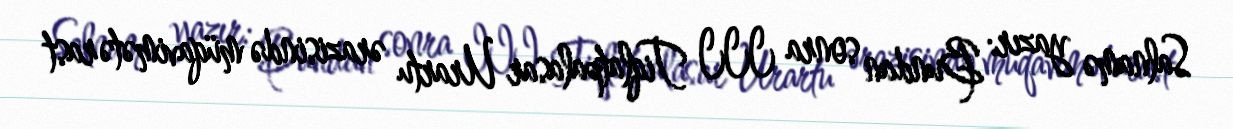
Salnamə yazır: Bundan sonra III Tiqlatpalasar Urartu ərazisində müqavimətə rast